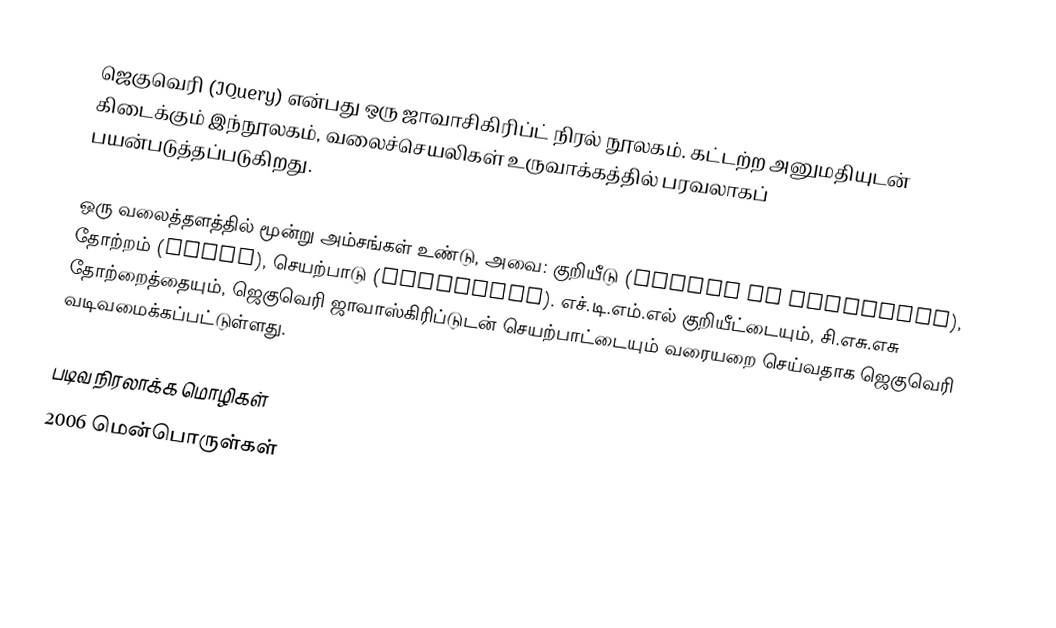
ஜெகுவெரி (JQuery) என்பது ஒரு ஜாவாசிகிரிப்ட் நிரல் நூலகம். கட்டற்ற அனுமதியுடன் கிடைக்கும் இந்நூலகம், வலைச்செயலிகள் உருவாக்கத்தில் பரவலாகப் பயன்படுத்தப்படுகிறது.

ஒரு வலைத்தளத்தில் மூன்று அம்சங்கள் உண்டு, அவை: குறியீடு (markup or structure), தோற்றம் (style), செயற்பாடு (behaviour). எச்.டி.எம்.எல் குறியீட்டையும், சி.எசு.எசு தோற்றைத்தையும், ஜெகுவெரி ஜாவாஸ்கிரிப்டுடன் செயற்பாட்டையும் வரையறை செய்வதாக ஜெகுவெரி வடிவமைக்கப்பட்டுள்ளது.

படிவ நிரலாக்க மொழிகள்
2006 மென்பொருள்கள்